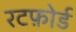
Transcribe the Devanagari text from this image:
रटफ़ोर्ड